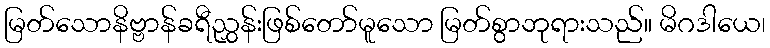
မြတ်သောနိဗ္ဗာန်ခရီညွှန်းဖြစ်တော်မူသော မြတ်စွာဘုရားသည်။ မိဂဒါယေ၊